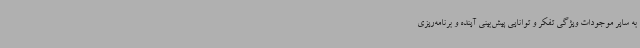
به سایر موجودات ویژگی تفکر و توانایی پیش‌بینی آینده و برنامه‌ریزی